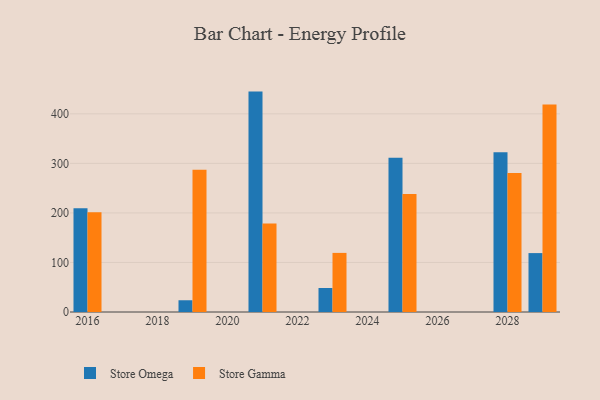
{"axis": {"x": "Year", "y": "Website Visitors"}, "legend": ["Store Gamma", "Store Omega"], "data": [{"x": "2029", "y": 118.9, "type": "Store Omega"}, {"x": "2029", "y": 419.1, "type": "Store Gamma"}, {"x": "2021", "y": 444.9, "type": "Store Omega"}, {"x": "2021", "y": 178.7, "type": "Store Gamma"}, {"x": "2025", "y": 311.6, "type": "Store Omega"}, {"x": "2025", "y": 238.0, "type": "Store Gamma"}, {"x": "2023", "y": 48.4, "type": "Store Omega"}, {"x": "2023", "y": 119.3, "type": "Store Gamma"}, {"x": "2028", "y": 322.6, "type": "Store Omega"}, {"x": "2028", "y": 280.5, "type": "Store Gamma"}, {"x": "2016", "y": 209.4, "type": "Store Omega"}, {"x": "2016", "y": 201.5, "type": "Store Gamma"}, {"x": "2019", "y": 23.7, "type": "Store Omega"}, {"x": "2019", "y": 287.1, "type": "Store Gamma"}]}